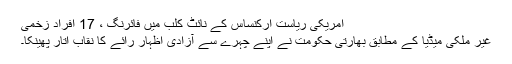
امریکی ریاست ارکنساس کے نائٹ کلب میں فائرنگ ، 17 افراد زخمی
غیر ملکی میڈیا کے مطابق بھارتی حکومت نے اپنے چہرے سے آزادی اظہار رائے کا نقاب اتار پھینکا۔